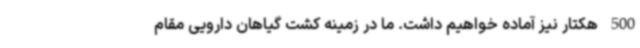
500 هکتار نیز آماده خواهیم داشت. ما در زمینه کشت گیاهان دارویی مقام